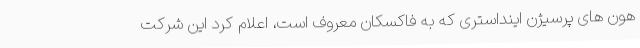
هون های پرسیژن اینداستری که به فاکسکان معروف است، اعلام کرد این شرکت